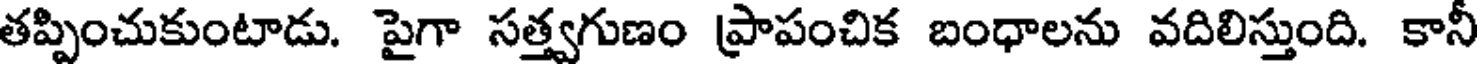
తప్పించుకుంటాడు. పైగా సత్త్వగుణం ప్రాపంచిక బంధాలను వదిలిస్తుంది. కానీ